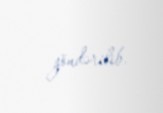
göndərilib.